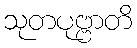
သုတပုဗ္ဗာတိ